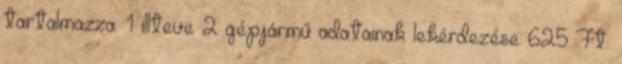
tartalmazza. 1 illteve 2 gépjármű adatainak lekérdezése 625 Ft.